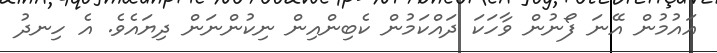
އައުމުން އޭނަ ފޯނުން ވާހަކަ ދައްކަމުން ކެބިންއިން ނިކުންނަން ދިޔައެވެ. އެ ހިނދު